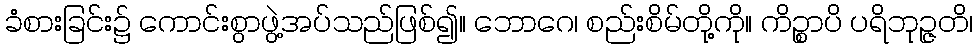
ခံစားခြင်း၌ ကောင်းစွာဖွဲ့အပ်သည်ဖြစ်၍။ ဘောဂေ၊ စည်းစိမ်တို့ကို။ ကိဉ္စာပိ ပရိဘုဉ္ဇတိ၊